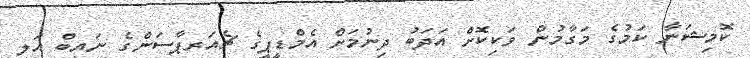
ކޮމިޝަނާ ކަމުގެ މަގާމުން ވަކިކޮށް އަދަބު ދިނުމަށް އެމްޑީޕީގެ ޗެއަރޕާސަންގެ ނައިބް އަލީ